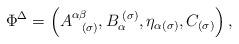
LaTeX: \begin{align*}\Phi ^{\Delta }=\left( A_{\;\;\;(\sigma )}^{\alpha \beta },B_{\alpha}^{\;(\sigma )},\eta _{\alpha (\sigma )},C_{(\sigma )}\right) ,\end{align*}